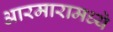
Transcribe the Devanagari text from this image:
आरमारामध्ये